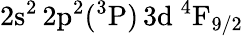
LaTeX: \mathrm{2s^{2}\, 2p^{2}(^{3}P)\, 3d~^{4}F_{9/2}}